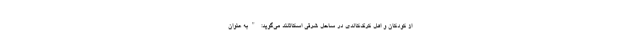
از کودکان و اهل کرک‌کالدی در ساحل شرقی اسکاتلند می‌گوید: "به عنوان